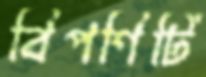
বিপণিটি